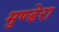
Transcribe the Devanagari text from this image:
मुण्डेरा